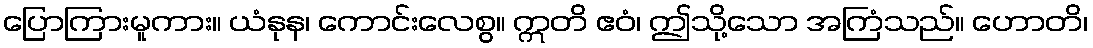
ပြောကြားမူကား။ ယံနုန၊ ကောင်းလေစွ။ ဣတိ ဧဝံ၊ ဤသို့သော အကြံသည်။ ဟောတိ၊